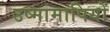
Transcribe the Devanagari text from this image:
उष्मामापियों